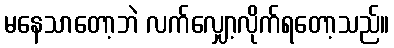
မနေသာတော့ဘဲ လက်လျှော့လိုက်ရတော့သည်။